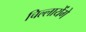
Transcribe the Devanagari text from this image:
चिल्लायेंगे